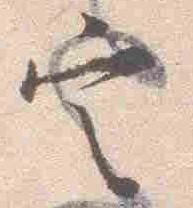
定